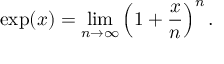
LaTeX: \exp ( x ) = \operatorname* { l i m } _ { n \to \infty } \left( 1 + { \frac { x } { n } } \right) ^ { n } .